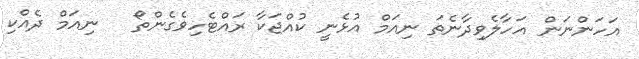
އަހަންނަން އަހާލެވިދާނެތަ ނިއަމް އުޅެނީ ކުއްޖަކާ ރައްޓެހިވެގެންތޯ   ނިއަމް ދެއްކި